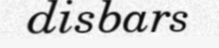
disbars